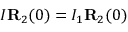
I { \bf R } _ { 2 } ( 0 ) = I _ { 1 } { \bf R } _ { 2 } ( 0 )